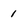
Character: 1